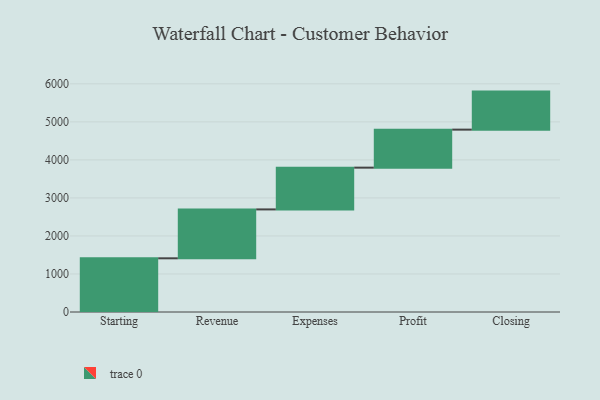
{"axis": {"x": "Step", "y": "Value"}, "legend": [""], "data": [{"x": "Starting", "y": 1412.0, "type": ""}, {"x": "Revenue", "y": 1286.0, "type": ""}, {"x": "Expenses", "y": 1098.0, "type": ""}, {"x": "Profit", "y": 1000, "type": ""}, {"x": "Closing", "y": 1000, "type": ""}]}